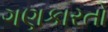
ગણકારતો